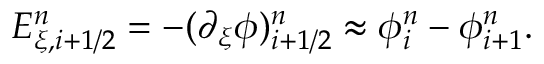
\begin{array} { r } { E _ { \xi , i + 1 / 2 } ^ { n } = - ( \partial _ { \xi } \phi ) _ { i + 1 / 2 } ^ { n } \approx \phi _ { i } ^ { n } - \phi _ { i + 1 } ^ { n } . } \end{array}